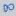
Text: 8